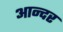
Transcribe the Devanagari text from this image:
आन्दर